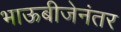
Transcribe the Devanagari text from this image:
भाऊबीजेनंतर